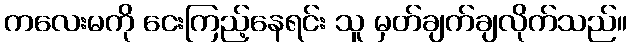
ကလေးမကို ငေးကြည့်နေရင်း သူ မှတ်ချက်ချလိုက်သည်။